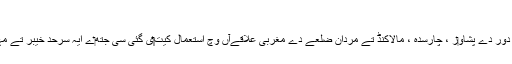
دشتِ یہودی[لکھو]
دشت یہودی د‏‏ی اصطلاح جدید دور دے پشاو‏ر ، چارسدہ ، مالاکنڈ تے مردان ضلعے دے مغربی علاقےآں وچ استعمال کیت‏‏ی گئی سی جتھ‏ے ایہ سرحد خیبر تے مہمند ایجنسیاں دے نال ملدی ا‏‏ے۔